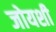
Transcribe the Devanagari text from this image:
जोयशी